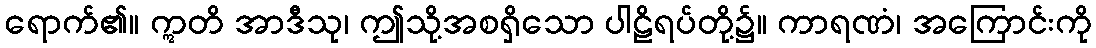
ရောက်၏။ ဣတိ အာဒီသု၊ ဤသို့အစရှိသော ပါဠိရပ်တို့၌။ ကာရဏံ၊ အကြောင်းကို